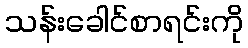
သန်းခေါင်စာရင်းကို